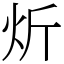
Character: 炘